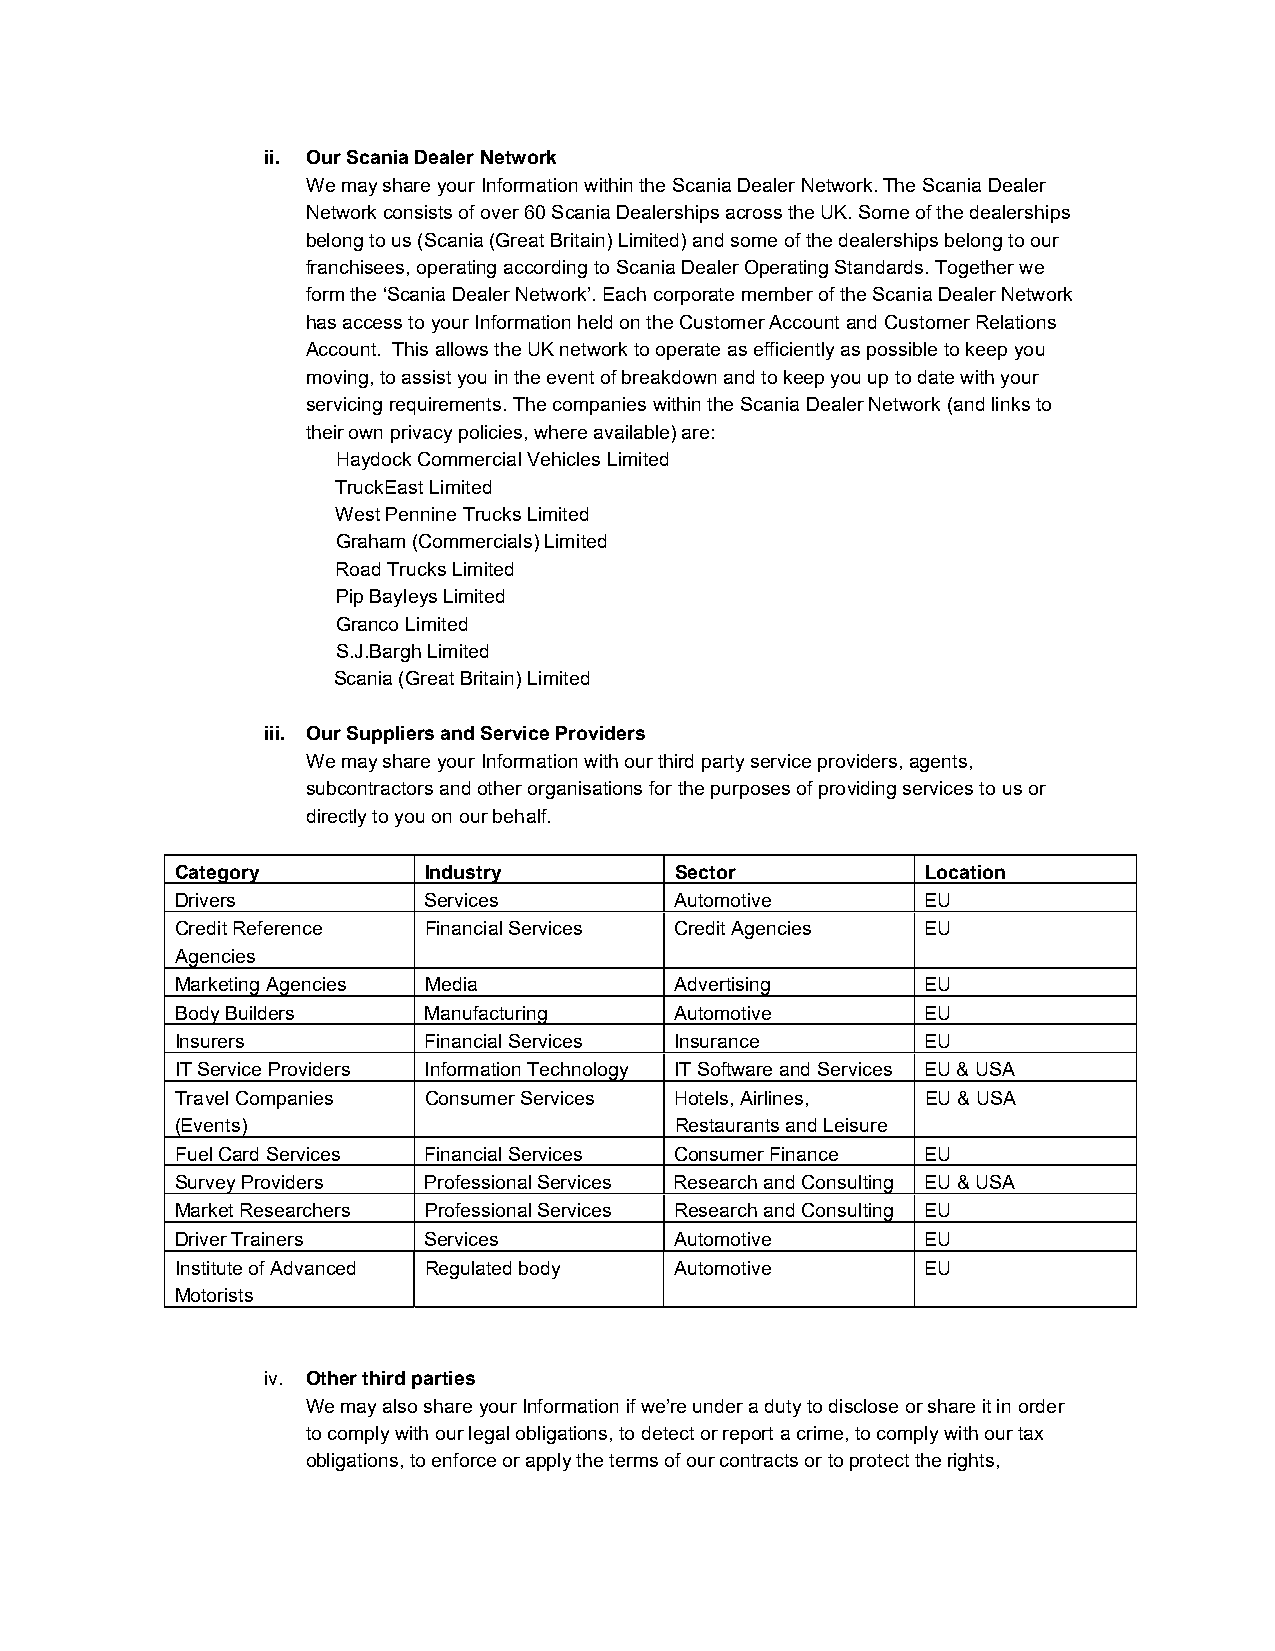
ii. Our Scania Dealer Network
 We may share your Information within the Scania Dealer Network. The Scania Dealer
 Network consists of over 60 Scania Dealerships across the UK. Some of the dealerships
 belong to us (Scania (Great Britain) Limited) and some of the dealerships belong to our
 franchisees, operating according to Scania Dealer Operating Standards. Together we
 form the ‘Scania Dealer Network’. Each corporate member of the Scania Dealer Network
 has access to your Information held on the Customer Account and Customer Relations
 Account. This allows the UK network to operate as efficiently as possible to keep you
 moving, to assist you in the event of breakdown and to keep you up to date with your
 servicing requirements. The companies within the Scania Dealer Network (and links to
 their own privacy policies, where available) are:
 Haydock Commercial Vehicles Limited
 TruckEast Limited
 West Pennine Trucks Limited
 Graham (Commercials) Limited
 Road Trucks Limited
 Pip Bayleys Limited
 Granco Limited
 S.J.Bargh Limited
 Scania (Great Britain) Limited
 iii. Our Suppliers and Service Providers
 We may share your Information with our third party service providers, agents,
 subcontractors and other organisations for the purposes of providing services to us or
 directly to you on our behalf.
 Category        Industry         Sector          Location
 Drivers         Services         Automotive      EU
 Credit Reference Financial Services Credit Agencies EU
 Agencies
 Marketing Agencies Media         Advertising     EU
 Body Builders   Manufacturing    Automotive      EU
 Insurers        Financial Services Insurance     EU
 IT Service Providers Information Technology IT Software and Services EU & USA
 Travel Companies Consumer Services Hotels, Airlines, EU & USA
 (Events)                         Restaurants and Leisure
 Fuel Card Services Financial Services Consumer Finance EU
 Survey Providers Professional Services Research and Consulting EU & USA
 Market Researchers Professional Services Research and Consulting EU
 Driver Trainers Services         Automotive      EU
 Institute of Advanced Regulated body Automotive  EU
 Motorists
 iv. Other third parties
 We may also share your Information if we’re under a duty to disclose or share it in order
 to comply with our legal obligations, to detect or report a crime, to comply with our tax
 obligations, to enforce or apply the terms of our contracts or to protect the rights,